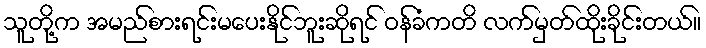
သူတို့က အမည်စားရင်းမပေးနိုင်ဘူးဆိုရင် ဝန်ခံကတိ လက်မှတ်ထိုးခိုင်းတယ်။